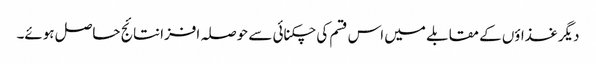
دیگر غذاؤں کے مقابلے میں اس قسم کی چکنائی سے حوصلہ افزا نتائج حاصل ہوئے۔